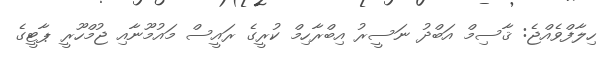
ހިލާފްވެއްޖެ: ޤާސިމް އަބްދު ނަސީރު އިބްރާހިމް ކުރީގެ ރައީސް މައުމޫނާއި ޖުމްހޫރީ ޕާޓީގެ